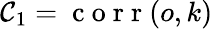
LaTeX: \mathcal{C}_{1}=\mathrm{{~c~o~r~r~}}(o,k)